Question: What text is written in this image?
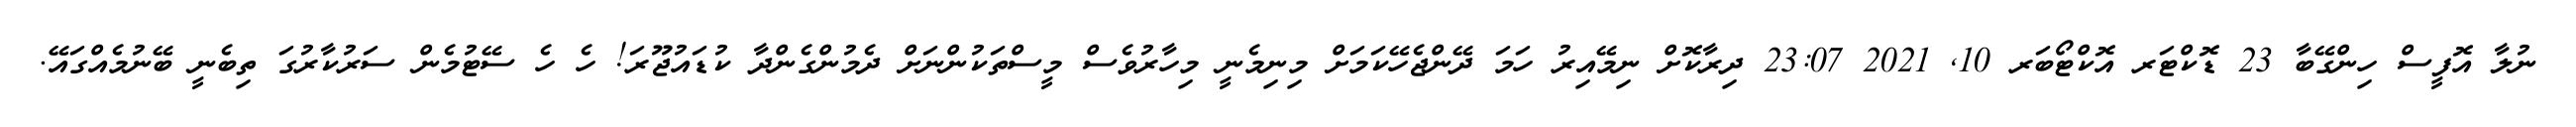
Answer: ނުލާ އޮފީސް ހިންގޭބާ 23 ޑޮކްޓަރ އޮކްޓޯބަރ 10, 2021 23:07 ދިރާކޮށް ނިމޭއިރު ހަމަ ދޭންޖެހޭކަމަށް މިނިމެނީ މިހާރުވެސް މީސްތަކުންނަށް ދެމުންގެންދާ ކުޑައުޖޫރަ! ހެ ހެ ސޭޓުމެން ސަރުކާރުގަ ތިބެނީ ބޭނުމެއްގައޭ.